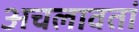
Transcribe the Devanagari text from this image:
अचलावतां